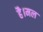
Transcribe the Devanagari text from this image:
है।मल